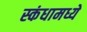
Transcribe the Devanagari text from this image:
स्कंधामध्ये